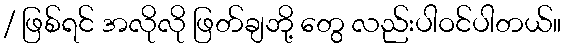
/ ဖြစ်ရင် အလိုလို ဖြတ်ချဘို့ တွေ လည်းပါဝင်ပါတယ်။